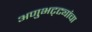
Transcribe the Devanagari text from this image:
अणुभट्ट्यांचा